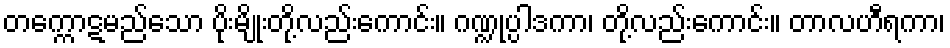
တက္ကောဋမည်သော ပိုးမျိုးတို့လည်းကောင်း။ ဂဏ္ဍုပ္ပါဒကာ၊ တို့လည်းကောင်း။ တာလဟီရကာ၊